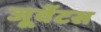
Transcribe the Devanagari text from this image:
जूवेंटस